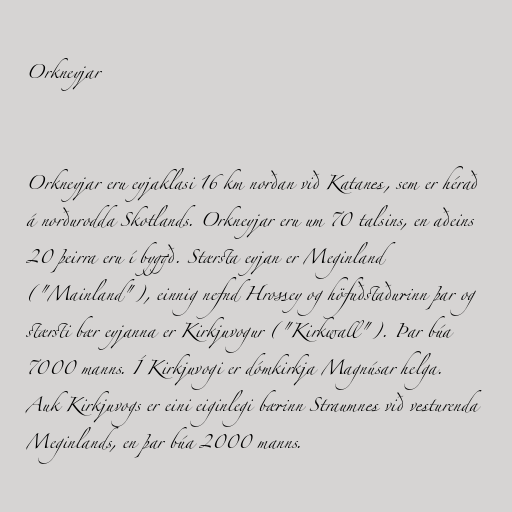
Orkneyjar

Orkneyjar eru eyjaklasi 16 km norðan við Katanes, sem er hérað
á norðurodda Skotlands. Orkneyjar eru um 70 talsins, en aðeins
20 þeirra eru í byggð. Stærsta eyjan er Meginland
("Mainland"), einnig nefnd Hrossey og höfuðstaðurinn þar og
stærsti bær eyjanna er Kirkjuvogur ("Kirkwall"). Þar búa
7000 manns. Í Kirkjuvogi er dómkirkja Magnúsar helga.
Auk Kirkjuvogs er eini eiginlegi bærinn Straumnes við vesturenda
Meginlands, en þar búa 2000 manns.